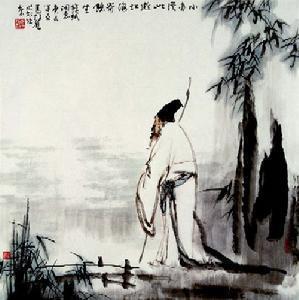
倦游京洛风尘，夜来病酒无人问。